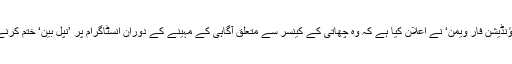
یہ خبر ایک ایسے وقت میں سامنے آئی جب ایوان کاسمیٹکس کمپنی کی رفاہی تنظیم ’ایوان فاؤنڈیشن فار ویمن‘ نے اعلان کیا ہے کہ وہ چھاتی کے کینسر سے متعلق آگاہی کے مہینے کے دوران انسٹاگرام پر ’نِپل بین‘ ختم کرنے پر زور دے رہی ہے تاکہ چھاتی کی صحت کی اہمیت کو اجاگر کرنے میں مدد مل سکے۔